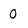
Character: 0